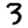
Digit: 3